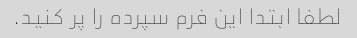
لطفا ابتدا این فرم سپرده را پر کنید.